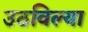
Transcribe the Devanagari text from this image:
उठविल्या